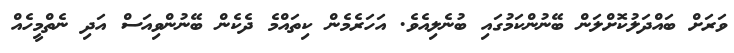
ވަރަށް ބައްދަލުކޮށްލަން ބޭނުންކަމުގައި ބުނެލިއެވެ. އަހަރެމެން ކިތައްމެ ދެކެން ބޭނުންވިއަސް އަދި ނެތްމީހެއް